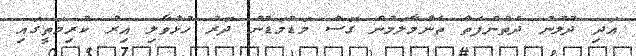
އަދި ދުލުން ދެތުންފަތް ތެންމާލަމުން ގޮސް މަޑުމަޑުން ދޮރު ހުޅުވާލި އިރު ކުރިމަތީގައި